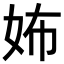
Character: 㚴